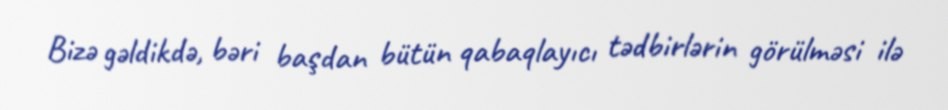
Bizə gəldikdə, bəri başdan bütün qabaqlayıcı tədbirlərin görülməsi ilə